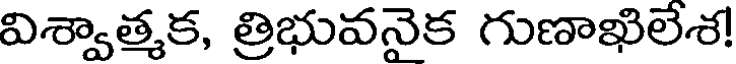
విశ్వాత్మక, త్రిభువనైక గుణాఖిలేశ!